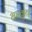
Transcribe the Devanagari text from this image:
भारकर्ण